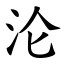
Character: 沦